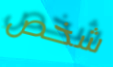
شخص